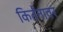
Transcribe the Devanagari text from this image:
किर्तनावर